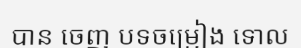
បាន ចេញ បទចម្រៀង ទោល